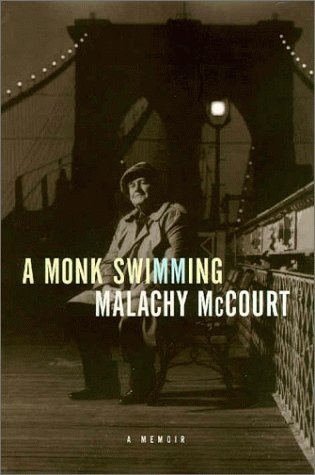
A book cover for A Monk Swimming; Malachy Mccourt; Biographies & Memoirs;